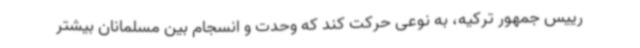
رییس جمهور ترکیه، به نوعی حرکت کند که وحدت و انسجام بین مسلمانان بیشتر